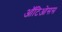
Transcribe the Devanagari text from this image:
ऑटिओसस